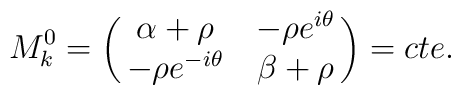
M^{0}_k=\pmatrix{\alpha + \rho & -\rho e^{i\theta} \cr   -\rho e^{-i\theta} & \beta + \rho}=cte.